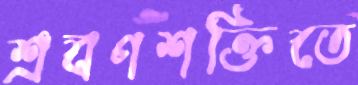
শ্রবণশক্তিতে